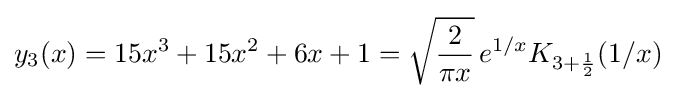
y_{3}(x)=15x^{3}+15x^{2}+6x+1={\sqrt {\frac {2}{\pi x}}}\,e^{1/x}K_{3+{\frac {1}{2}}}(1/x)